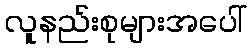
လူနည်းစုများအပေါ်